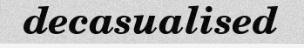
decasualised